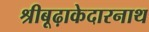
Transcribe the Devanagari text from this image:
श्रीबूढ़ाकेदारनाथ